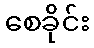
စေခိုင်း